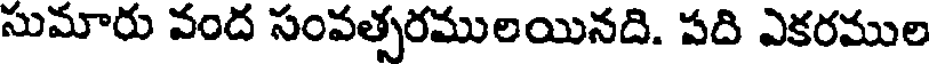
సుమారు వంద సంవత్సరములయినది. పది ఎకరముల